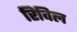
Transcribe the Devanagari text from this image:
रिविल